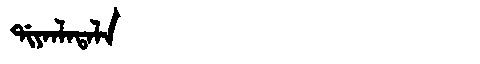
Manchu: ᡩᡳᠶᠠᠨᠯᠠᡨᠠᠯᠠ
Romanization: DIYANLATALA